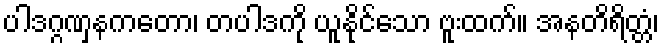
ပါဒဂ္ဂဏှနကတော၊ တပါဒကို ယူနိုင်သော ဗူးထက်။ အနတိရိတ္တံ၊